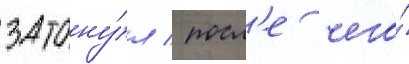
затону́л / посл'е чего́